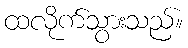
ထလိုက်သွားသည်။